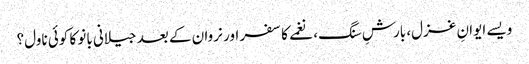
ویسے ایوانِ غزل، بارشِ سنگ، نغمے کا سفر اور نروان کے بعد جیلانی بانو کا کوئی ناول؟